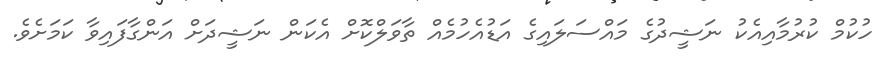
ހުކުމް ކުރުމާއިއެކު ނަޝީދުގެ މައްސަލައިގެ އަޑުއެހުމެއް ތާވަލްކޮށް އެކަން ނަޝީދަށް އަންގާފައިވާ ކަމަށެވެ.